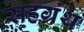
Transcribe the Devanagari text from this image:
सहग्रंथ